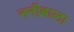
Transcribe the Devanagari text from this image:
ननीबाला